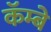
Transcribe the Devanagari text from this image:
कॅम्बे